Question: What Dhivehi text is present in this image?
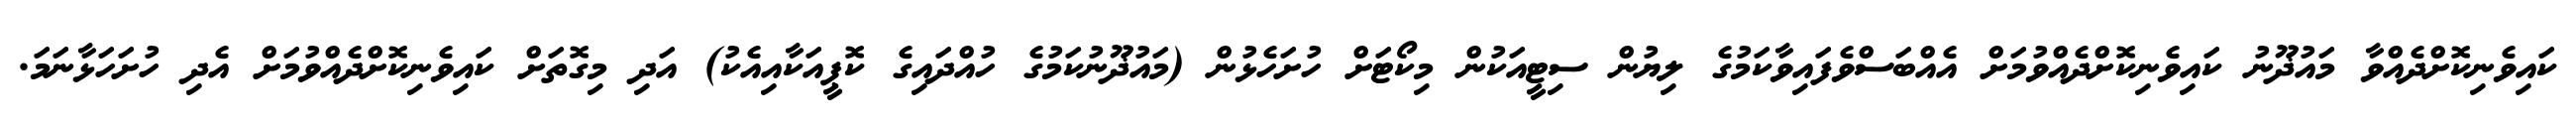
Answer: ކައިވެނިކޮށްދެއްވާ މައުޛޫނު ކައިވެނިކޮށްދެއްވުމަށް އެއްބަސްވެފައިވާކަމުގެ ލިޔުން ސިޓީއަކުން މިކޯޓަށް ހުށަހެޅުން (މައުޛޫނުކަމުގެ ހުއްދައިގެ ކޮޕީއަކާއިއެކު) އަދި މިގޮތަށް ކައިވެނިކޮށްދެއްވުމަށް އެދި ހުށަހަޅާނަމަ.